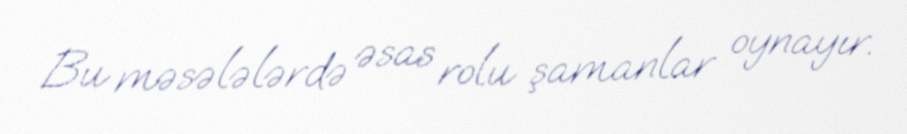
Bu məsələlərdə əsas rolu şamanlar oynayır.